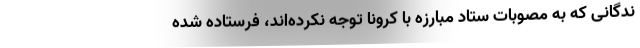
ندگانی که به مصوبات ستاد مبارزه با کرونا توجه نکرده‌اند، فرستاده شده